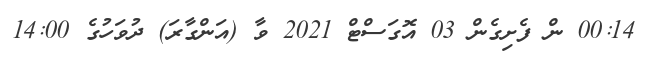
00:14 ން ފެށިގެން 03 އޮގަސްޓް 2021 ވާ (އަންގާރަ) ދުވަހުގެ 14:00